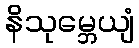
နိသုမ္ဘေယျံ